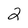
Character: 2